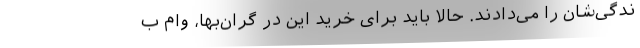
ندگی‌شان را می‌دادند. حالا باید برای خرید این دُر گران‌بها، وام ب